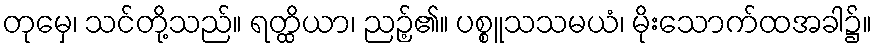
တုမှေ၊ သင်တို့သည်။ ရတ္ထိယာ၊ ညဉ့်၏။ ပစ္စူသသမယံ၊ မိုးသောက်ထအခါ၌။